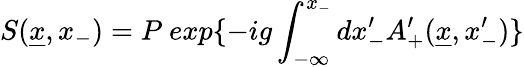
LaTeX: S(\underline{{{x}}},x_{-})=P\ exp\{ -ig\int_{-\infty}^{x_{-}}dx_{-}^{\prime}A_{+}^{\prime}(\underline{{{x}}},x_{-}^{\prime})\}